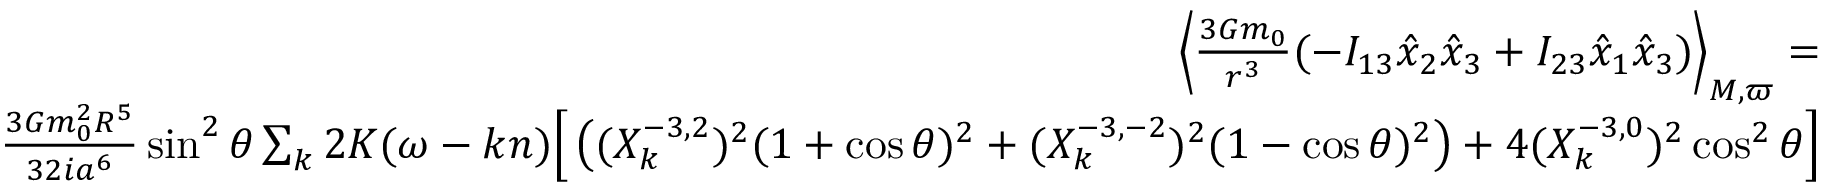
\begin{array} { r l r } { \left\langle \frac { 3 { \cal G } m _ { 0 } } { r ^ { 3 } } ( - I _ { 1 3 } \hat { x } _ { 2 } \hat { x } _ { 3 } + I _ { 2 3 } \hat { x } _ { 1 } \hat { x } _ { 3 } ) \right\rangle _ { M , \varpi } = } & { } & \\ { \frac { 3 { \cal G } m _ { 0 } ^ { 2 } R ^ { 5 } } { 3 2 i a ^ { 6 } } \sin ^ { 2 } \theta \sum _ { k } 2 K ( \omega - k n ) \Big [ \left( ( X _ { k } ^ { - 3 , 2 } ) ^ { 2 } ( 1 + \cos \theta ) ^ { 2 } + ( X _ { k } ^ { - 3 , - 2 } ) ^ { 2 } ( 1 - \cos \theta ) ^ { 2 } \right) + 4 ( X _ { k } ^ { - 3 , 0 } ) ^ { 2 } \cos ^ { 2 } \theta \Big ] } \end{array}